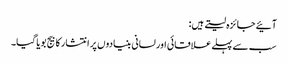
آئیے جائزہ لیتے ہیں:
سب سے پہلے علاقائی اور لسانی بنیادوں پر انتشار کا بیج بویا گیا۔